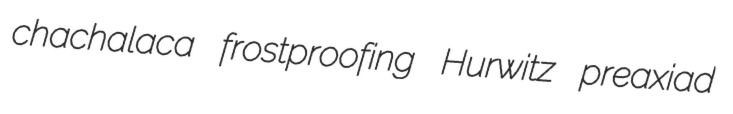
chachalaca frostproofing Hurwitz preaxiad